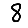
Digit: 8